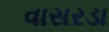
વાસરડા